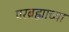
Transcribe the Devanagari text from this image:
परब्रह्माच्या